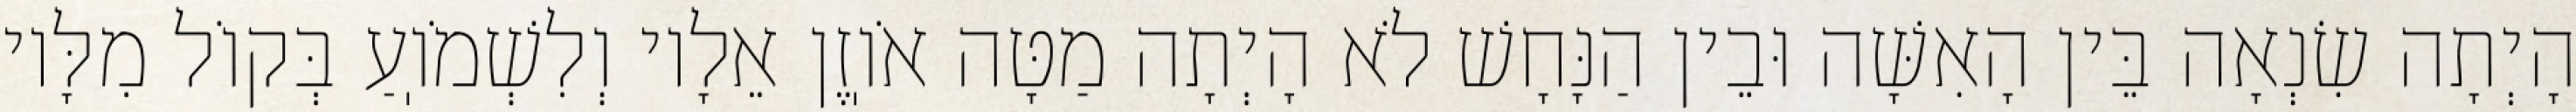
הָיְתָה שִׂנְאָה בֵּין הָאִשָּׁה וּבֵין הַנָּחָשׁ לֹא הָיְתָה מַטָּה אֹוֽזֶן אֵלָיו וְלִשְׁמֹוֽעַ בְּקוֹל מִלָּיו